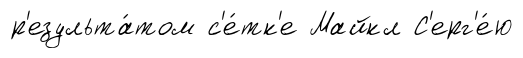
р'езульта́том с'е́тк'е Майкл С'ерг'е́ю